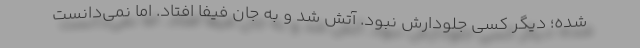
شده؛ دیگر کسی جلودارش نبود. آتش شد و به جان فیفا افتاد. اما نمی‌دانست